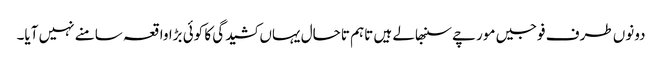
دونوں طرف فوجیں مورچے سنبھالے ہیں تاہم تاحال یہاں کشیدگی کا کوئی بڑا واقعہ سامنے نہیں آیا۔